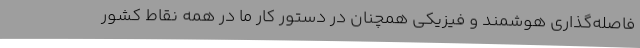
فاصله‌گذاری هوشمند و فیزیکی همچنان در دستور کار ما در همه نقاط کشور